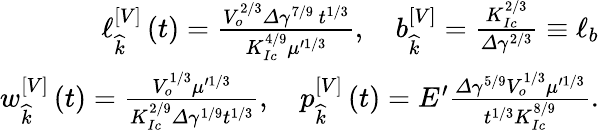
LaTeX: \begin{array}{r}{\ell_{\widehat{k}}^{\left[V\right]}\left(t\right)=\frac{V_{o}^{2/3}\varDelta\gamma^{7/9}\, t^{1/3}}{K_{Ic}^{4/9}\mu^{\prime 1/3}},\quad b_{\widehat{k}}^{\left[V\right]}=\frac{K_{Ic}^{2/3}}{\varDelta\gamma^{2/3}}\equiv\ell_{b}}\\ {w_{\widehat{k}}^{\left[V\right]}\left(t\right)=\frac{V_{o}^{1/3}\mu^{\prime 1/3}}{K_{Ic}^{2/9}\varDelta\gamma^{1/9}t^{1/3}},\quad p_{\widehat{k}}^{\left[V\right]}\left(t\right)=E^{\prime}\frac{\varDelta\gamma^{5/9}V_{o}^{1/3}\mu^{\prime 1/3}}{t^{1/3}K_{Ic}^{8/9}}.}\end{array}